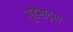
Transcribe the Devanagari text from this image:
गुहेसदृश